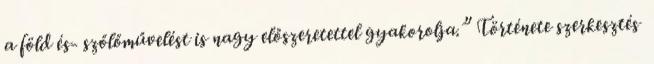
a föld és- szőlőművelést is nagy előszeretettel gyakorolja.” Története szerkesztés